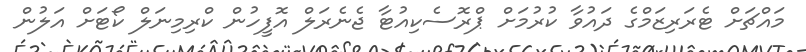
މައްޗަށް ޓެރަރިޒަމްގެ ދައުވާ ކުރުމަށް ޕްރޮސެކިއުޓާ ޖެނެރަލް އޮފީހުން ކްރިމިނަލް ކޯޓަށް އަލުން